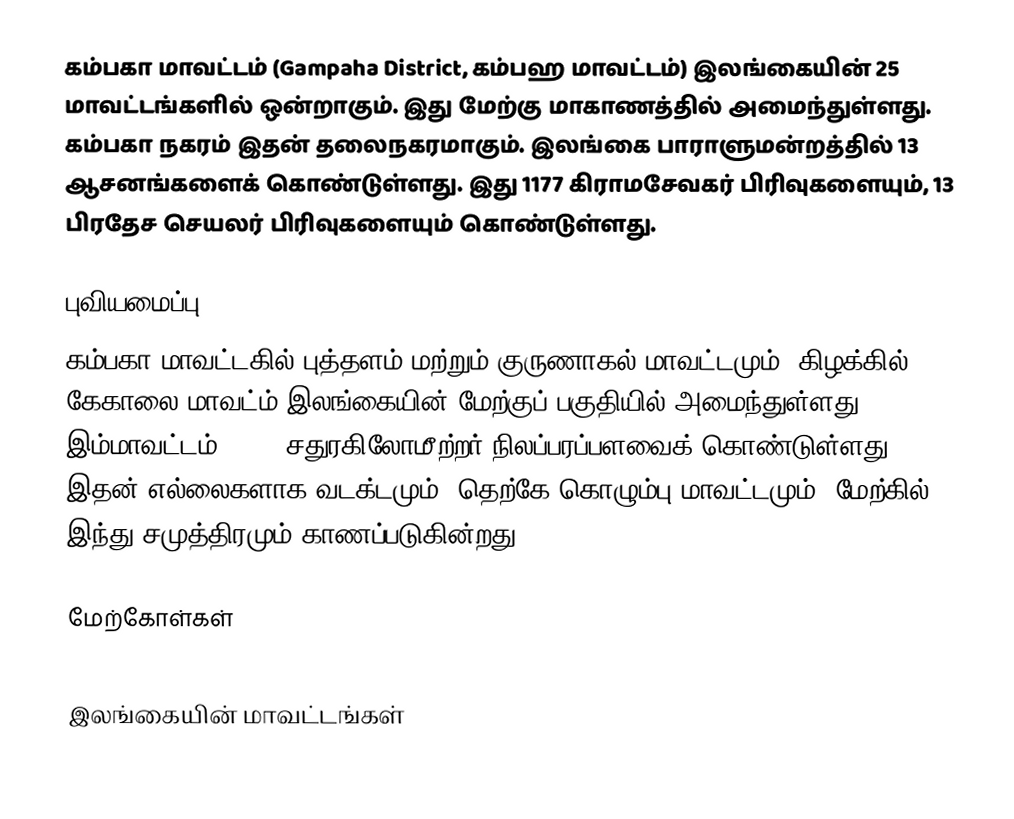
கம்பகா மாவட்டம் (Gampaha District,  கம்பஹ மாவட்டம்) இலங்கையின் 25 மாவட்டங்களில் ஒன்றாகும். இது மேற்கு மாகாணத்தில் அமைந்துள்ளது. கம்பகா நகரம் இதன் தலைநகரமாகும். இலங்கை பாராளுமன்றத்தில் 13 ஆசனங்களைக் கொண்டுள்ளது. இது 1177 கிராமசேவகர் பிரிவுகளையும், 13 பிரதேச செயலர் பிரிவுகளையும் கொண்டுள்ளது.

புவியமைப்பு
கம்பகா மாவட்டகில் புத்தளம் மற்றும் குருணாகல் மாவட்டமும், கிழக்கில் கேகாலை மாவட்ம் இலங்கையின் மேற்குப் பகுதியில் அமைந்துள்ளது. இம்மாவட்டம்  1,387 சதுரகிலோமீற்றர் நிலப்பரப்பளவைக் கொண்டுள்ளது. இதன் எல்லைகளாக வடக்டமும், தெற்கே கொழும்பு மாவட்டமும், மேற்கில் இந்து சமுத்திரமும் காணப்படுகின்றது.

மேற்கோள்கள்

இலங்கையின் மாவட்டங்கள்